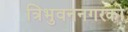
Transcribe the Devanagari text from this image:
त्रिभुवननगरको